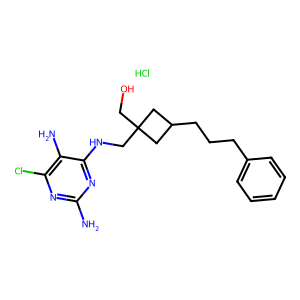
SMILES: Cl.Nc1nc(Cl)c(N)c(NCC2(CO)CC(CCCc3ccccc3)C2)n1
Inhibits HIV replication: No